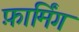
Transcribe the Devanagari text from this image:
फ़ार्मिंग